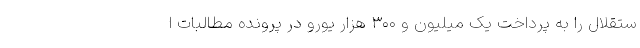
ستقلال را به پرداخت یک میلیون و ۳۰۰ هزار یورو در پرونده مطالبات ا